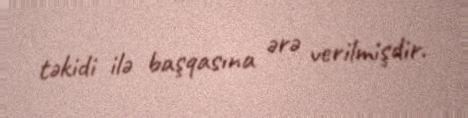
təkidi ilə başqasına ərə verilmişdir.